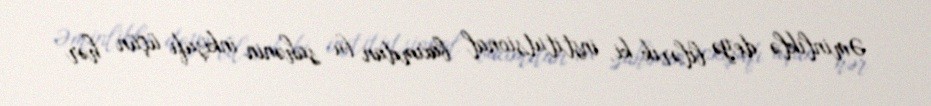
Əminliklə deyə bilərik ki, institutsional baxımdan bu sahənin inkişafı üçün hər